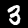
Digit: 3